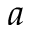
a